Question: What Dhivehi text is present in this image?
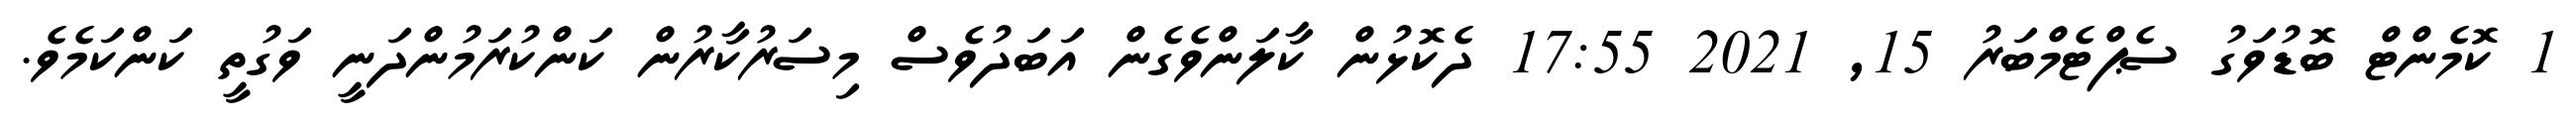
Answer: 1 ކޮމެންޓް ބޮޑުވަގު ސެޕްޓެމްބަރު 15, 2021 17:55 ދެކޮޅުން ކާލަންވެގެން އަބަދުވެސް މިސަރުކާރުން ކަންކުރަމުންދަނީ ވަގުތީ ކަންކަމެވެ.